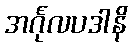
အင်္ဂုလပဒါနိ